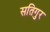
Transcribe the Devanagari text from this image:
सतिगुर